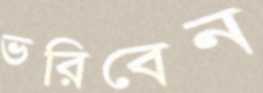
ভরিবেন